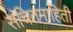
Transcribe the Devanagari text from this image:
संचितमाहिती